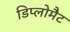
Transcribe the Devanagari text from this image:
डिप्लोमैट